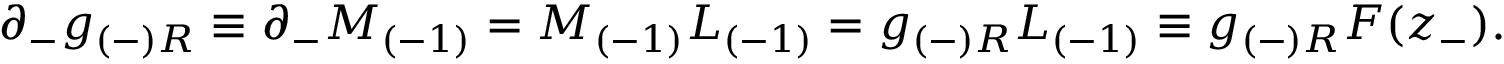
\partial _ { - } g _ { ( - ) R } \equiv \partial _ { - } M _ { ( - 1 ) } = M _ { ( - 1 ) } L _ { ( - 1 ) } = g _ { ( - ) R } L _ { ( - 1 ) } \equiv g _ { ( - ) R } { F } ( z _ { - } ) .